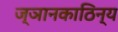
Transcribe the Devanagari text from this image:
ज्ञानकाठिन्य